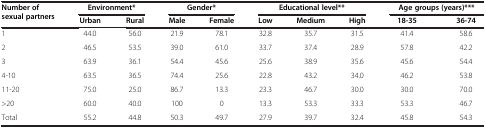
<table><thead><tr><td rowspan="2"><b>Number of sexual partners</b></td><td colspan="2"><b>Environment*</b></td><td colspan="2"><b>Gender*</b></td><td colspan="3"><b>Educational level**</b></td><td colspan="2"><b>Age groups (years)***</b></td></tr><tr><td><b>Urban</b></td><td><b>Rural</b></td><td><b>Male</b></td><td><b>Female</b></td><td><b>Low</b></td><td><b>Medium</b></td><td><b>High</b></td><td><b>18-35</b></td><td><b>36-74</b></td></tr></thead><tbody><tr><td>1</td><td>44.0</td><td>56.0</td><td>21.9</td><td>78.1</td><td>32.8</td><td>35.7</td><td>31.5</td><td>41.4</td><td>58.6</td></tr><tr><td>2</td><td>46.5</td><td>53.5</td><td>39.0</td><td>61.0</td><td>33.7</td><td>37.4</td><td>28.9</td><td>57.8</td><td>42.2</td></tr><tr><td>3</td><td>63.9</td><td>36.1</td><td>54.4</td><td>45.6</td><td>25.6</td><td>38.9</td><td>35.6</td><td>45.6</td><td>54.4</td></tr><tr><td>4-10</td><td>63.5</td><td>36.5</td><td>74.4</td><td>25.6</td><td>22.8</td><td>43.2</td><td>34.0</td><td>46.2</td><td>53.8</td></tr><tr><td>11-20</td><td>75.0</td><td>25.0</td><td>86.7</td><td>13.3</td><td>23.3</td><td>46.7</td><td>30.0</td><td>30.0</td><td>70.0</td></tr><tr><td>&gt;20</td><td>60.0</td><td>40.0</td><td>100</td><td>0</td><td>13.3</td><td>53.3</td><td>33.3</td><td>53.3</td><td>46.7</td></tr><tr><td>Total</td><td>55.2</td><td>44.8</td><td>50.3</td><td>49.7</td><td>27.9</td><td>39.7</td><td>32.4</td><td>45.8</td><td>54.3</td></tr></tbody></table>